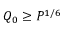
Q _ { 0 } \geq P ^ { 1 / 6 }